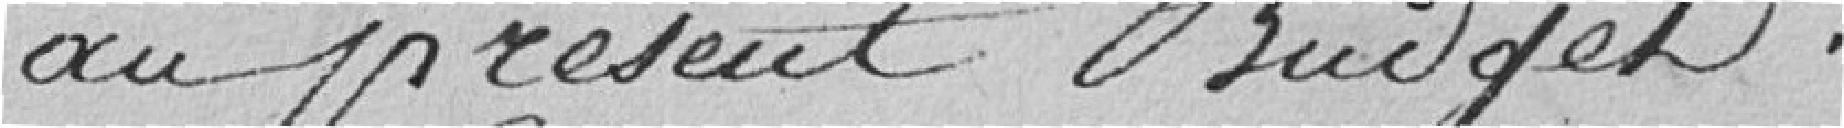
au présent budget.